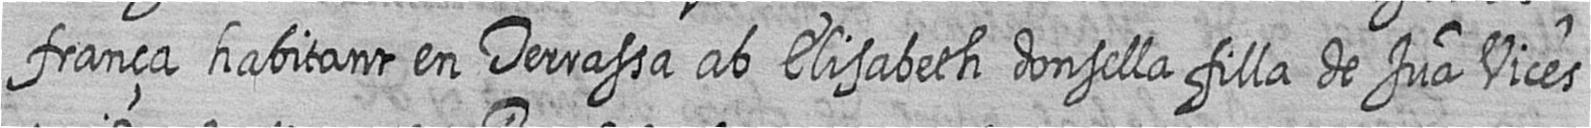
frança habitant en Terrassa ab Elisabeth donsella filla de Jua Vices